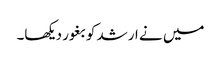
میں نے ارشد کو بغور دیکھا۔